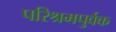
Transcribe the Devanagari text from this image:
परिश्रमपुर्वक